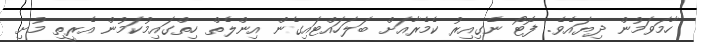
ހާމަވަމުން ދިޔައެވެ. ފޮޓޯ ނެގިއިރު ކެމެރާއަށް ބަލަހައްޓައިގެން އިންލެތް ހިތްގައިމުކަމުން އެރީތި މުށި